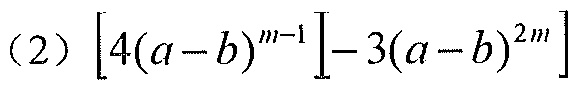
$(2)\left[4(a - b)^{m - 1}\right]-3(a - b)^{2m}\right]$